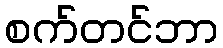
စက်တင်ဘာ